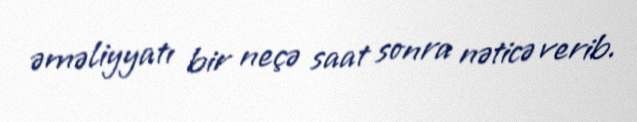
əməliyyatı bir neçə saat sonra nəticə verib.